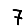
Digit: 7